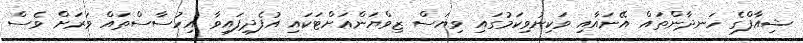
ޝިއާފްގެ ހަނދާންތައް އޭނައާއި ވަކިނުވިކަމުގައި ވިޔަސް ޒިވްޔަންއަށްޓަކައި އުފެދިފައިވާ އިހުސާސްތައް ވަރަށް ވެސް